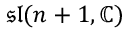
{ \mathfrak { s l } } ( n + 1 , \mathbb { C } )